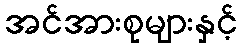
အင်အားစုများနှင့်